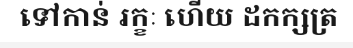
ទៅកាន់ រក្ខៈ ហើយ ដកក្សត្រ